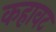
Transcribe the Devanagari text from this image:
कहावट